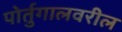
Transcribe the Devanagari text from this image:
पोर्तुगालवरील